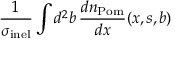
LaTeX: \frac { 1 } { \sigma _ { \mathrm { i n e l } } } \int d ^ { 2 } b \, \frac { d n _ { \mathrm { P o m } } } { d x } ( x , s , b )